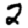
Digit: 2